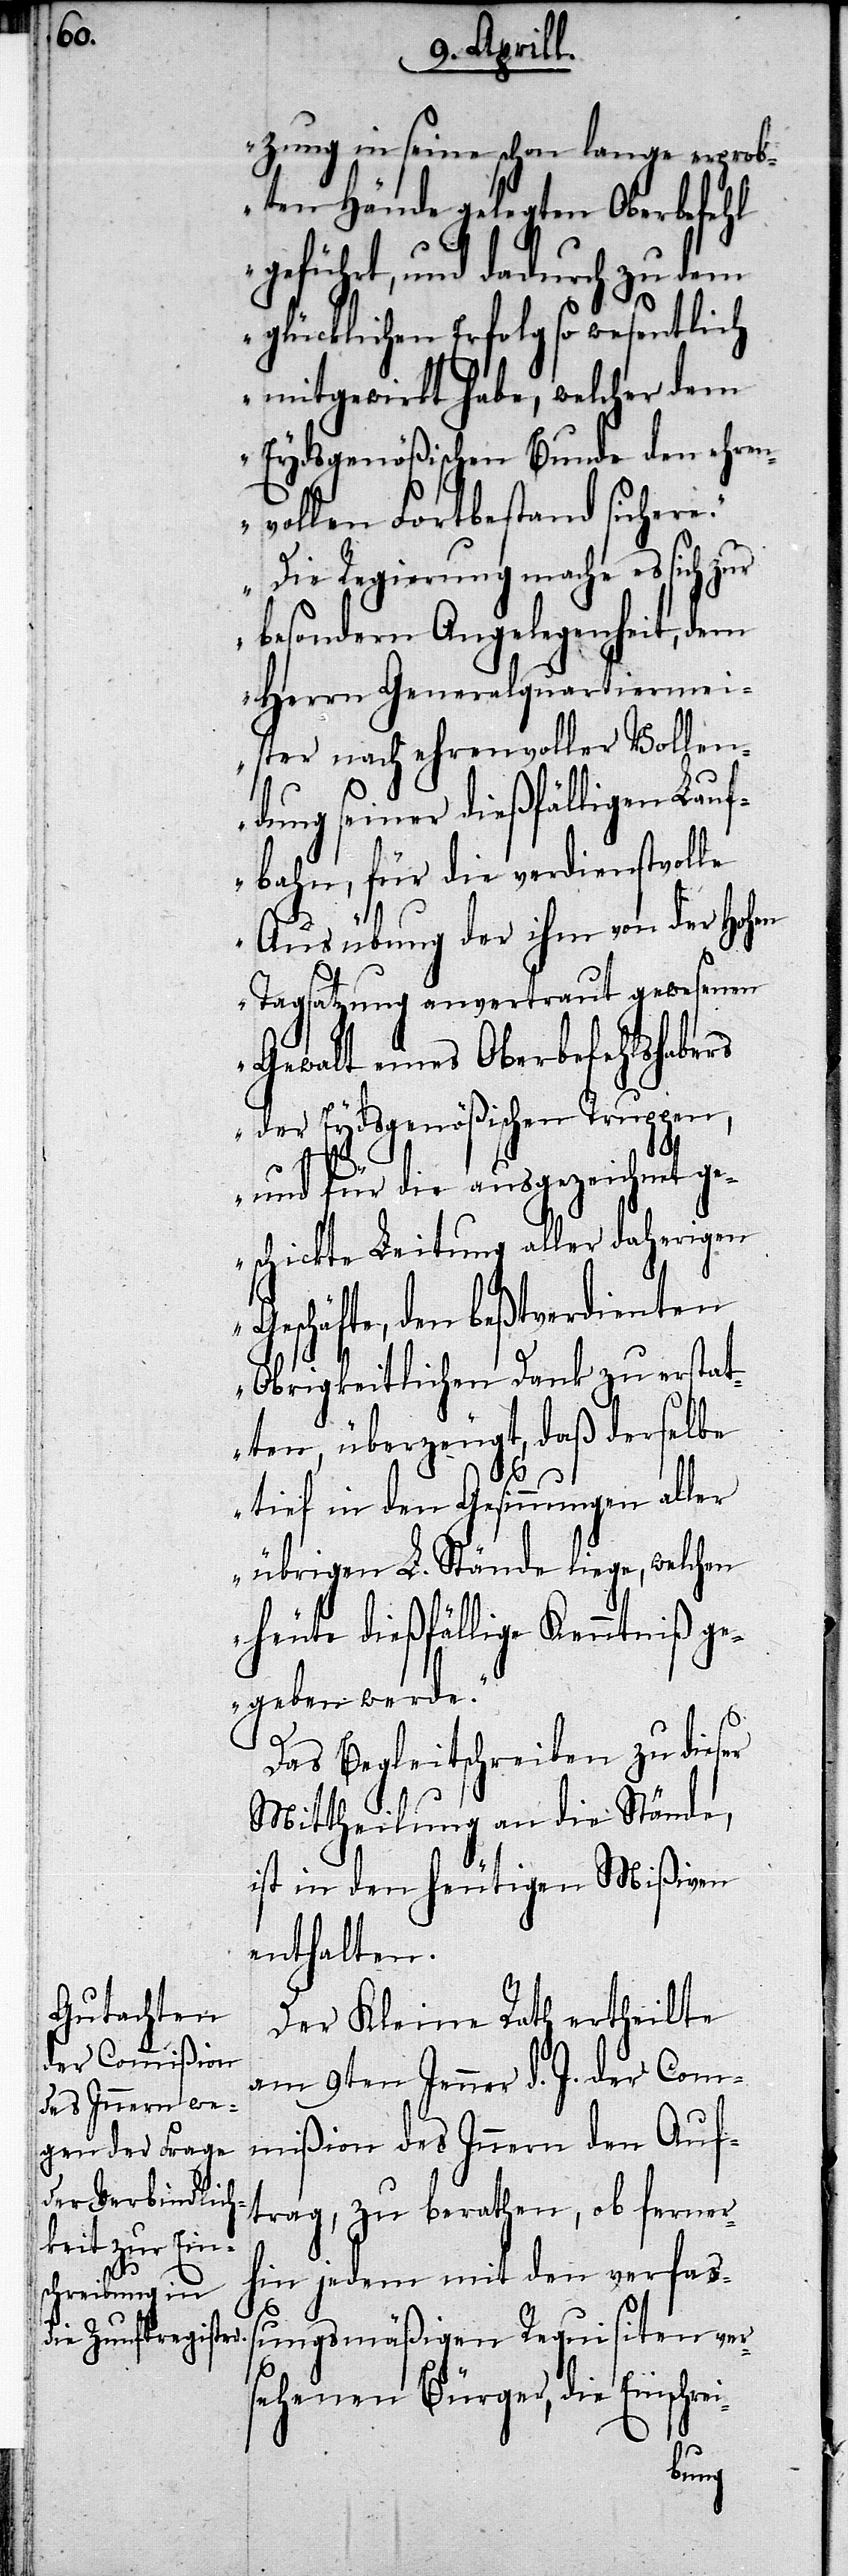
zung in seine schon lange erprob¬
ten Hände gelegten Oberbefehl
geführt, und dadurch zu den
glücklichen Erfolg so wesentlich
mitgewirkt habe, welcher dem
Eydsgenößischen Bunde den ehren¬
vollen Fortbestand sichere.
Die Regierung mache es sich zur
besonderen Angelegenheit, dem
Herrn Generalquartiermei¬
ster nach ehrenvoller Vollen¬
dung seiner dießfälligen Lauf¬
bahn, für die verdienstvolle
Ausübung der ihm von der Hohen
Tagsatzung anvertraut gewesenen
Gewalt eines Oberbefehlshabers
der Eydsgenößischen Truppen,
und für die ausgezeichnet g¬
eschickte Leitung aller daherigen
Geschäfte, den beßtverdienten
Obrigkeitlichen Dank zu erstat¬
ten, überzeugt, daß derselbe
tief in den Gesinnungen aller
übrigen L. Stände liege, welchen
heute dießfällige Kenntniß ge¬
geben werde.“
Das Begleitschreiben zu dieser
Mittheilung an die Stände,
ist in den heutigen Mißiven
enthalten.
Der Kleine Rath ertheilte
am 8ten Jenner d. J. der Com¬
mißion des Innern den Auf¬
trag, zu berathen, ob ferner
hin jedem mit den verfaß¬
ungsmäßigen Requisiten ver¬
sehenen Bürger, die Einschr¬
ei-